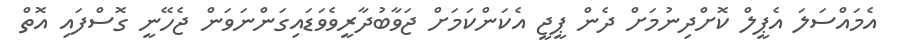
އެމައްސަލަ އެޕީލް ކޮށްދިނުމަށް ދެން ޕީޖީ އެކަންކަމަށް ޖަވާބުދާރީވެވަޑައިގަންނަވަން ޖެހޭނީ ގޮސްފައި އޮތް